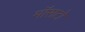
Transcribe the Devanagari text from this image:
मॉसटो